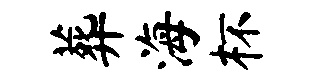
葬海杯